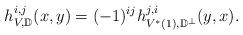
LaTeX: \begin{align*}h_{V,\mathbb D}^{i,j}(x,y)=(-1)^{ij}h_{V^*(1),\mathbb D^{\perp}}^{j,i}(y,x).\end{align*}